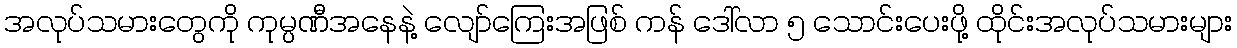
အလုပ်သမားတွေကို ကုမ္ပဏီအနေနဲ့ လျော်ကြေးအဖြစ် ကန် ဒေါ်လာ ၅ သောင်းပေးဖို့ ထိုင်းအလုပ်သမားများ